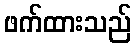
ဖက်ထားသည်